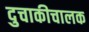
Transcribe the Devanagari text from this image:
दुचाकीचालक